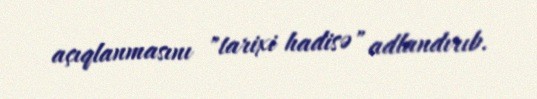
açıqlanmasını "tarixi hadisə" adlandırıb.